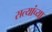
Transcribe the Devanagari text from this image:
सत्यांच्या